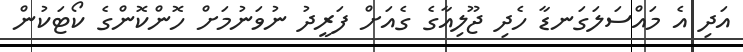
އަދި އެ މައްސަލަގަނޑާ ހެދި ޖޫލިއާގެ ގެއަށް ފަރީދު ނުވަނުމަށް ހޮންކޮންގެ ކޯޓަކުން